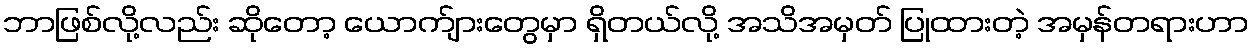
ဘာဖြစ်လို့လည်း ဆိုတော့ ယောက်ျားတွေမှာ ရှိတယ်လို့ အသိအမှတ် ပြုထားတဲ့ အမှန်တရားဟာ